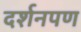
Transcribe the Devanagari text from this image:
दर्शनपण